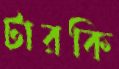
টারকি